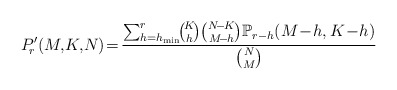
\begin{align*}P'_{\!r}(M,\!K,\!N)\!=\!\frac{\sum_{h=h_{\min}}^{r}\!\!\binom{\!K\!}{\!h\!}\binom{N\!-\!K}{M\!-\!h}\mathbb{P}_{r-h}(M\!-\!h,K\!-\!h)}{\binom{N}{M}}\end{align*}